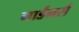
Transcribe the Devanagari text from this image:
गार्डनर्स